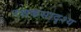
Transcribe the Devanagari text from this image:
रक्षकसादृश्य